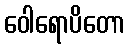
ဝေါရောပိတော